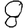
Digit: 8